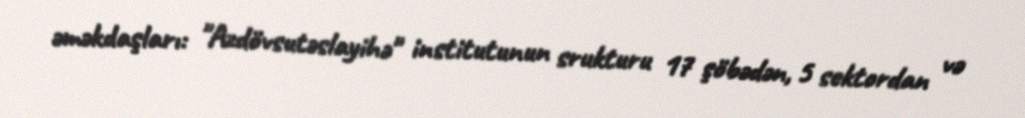
əməkdaşları: "Azdövsutəslayihə" institutunun srukturu 17 şöbədən, 5 sektordan və